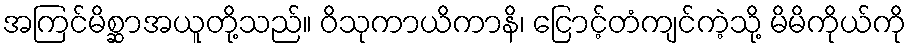
အကြင်မိစ္ဆာအယူတို့သည်။ ဝိသုကာယိကာနိ၊ ငြောင့်တံကျင်ကဲ့သို့ မိမိကိုယ်ကို